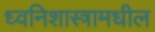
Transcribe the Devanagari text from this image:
ध्वनिशास्त्रामधील